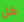
كل